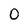
Character: 0